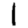
Digit: 1